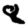
Digit: 8